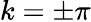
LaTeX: k=\pm\pi